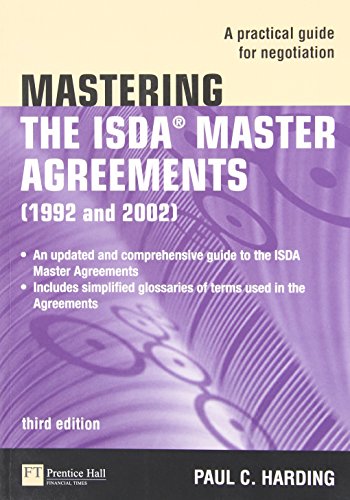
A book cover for Mastering the ISDA Master Agreements: A Practical Guide for Negotiation (3rd Edition); Paul Harding; Business & Money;